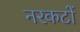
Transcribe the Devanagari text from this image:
नरकटों